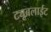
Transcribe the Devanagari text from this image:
ट्यूबलाईट